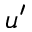
u ^ { \prime }